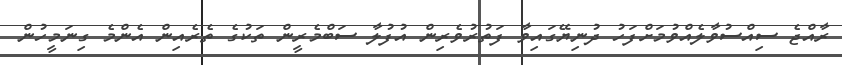
ރާއްޖެ ސިއްސުވާލެއްވުމަށްފަހު ދުނިޔޭގައިވާ ފަތުރުވެރިން އުފުލާ ސަބްމެރީން ތަކުގެ ތެރެއިން އެންމެ ގިނަމީހުން